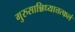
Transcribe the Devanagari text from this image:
गुरुसान्निध्यात्तत्फलं